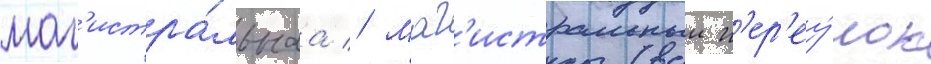
маг'истра́льнаа // Маг'истральныи п'ер'еу́лок